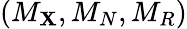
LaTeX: (M_{\mathbf{X}},M_{N},M_{R})